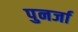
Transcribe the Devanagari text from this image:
पुनर्जा